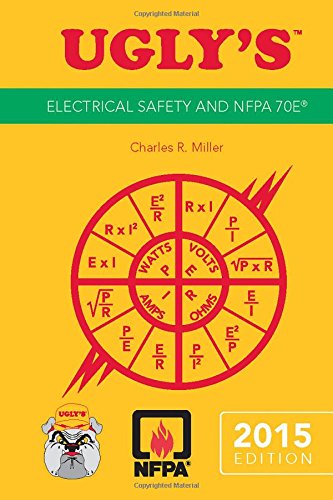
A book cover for Ugly's Electrical Safety And NFPA 70E, 2015 Edition; Jones & Bartlett Learning; Engineering & Transportation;